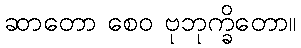
ဆာတော စေဝ ဗုဘုက္ခိတော။